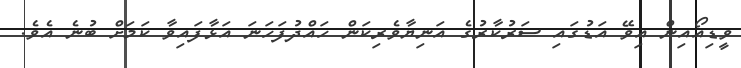
ވީޑިއޯއިން އިވޭ އަޑުގައި ސަރުކާރުގެ އަނިޔާވެރިކަން ހައްދުފަހަނަ އަޅާފައިވާ ކަމަށް ބުނެ އެވެ.